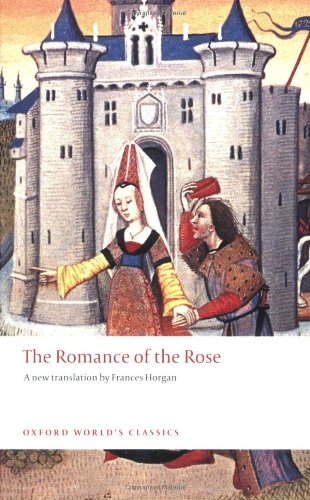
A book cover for The Romance of the Rose (Oxford World's Classics); Guillaume de Lorris; Literature & Fiction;